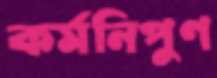
কর্মনিপুণ